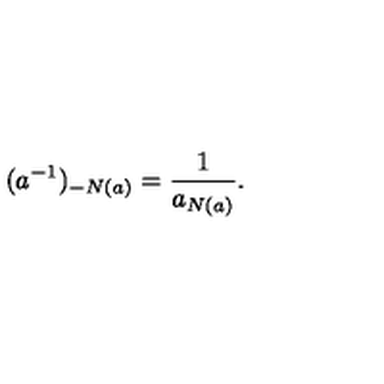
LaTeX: ( a ^ { - 1 } ) _ { - N ( a ) } = \frac { 1 } { a _ { N ( a ) } } .